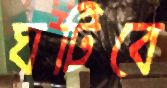
ঘটিবে